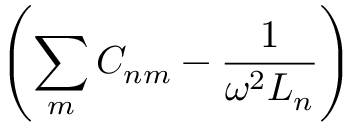
\left( \sum _ { m } C _ { n m } - \frac { 1 } { \omega ^ { 2 } L _ { n } } \right)